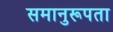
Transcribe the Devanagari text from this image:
समानुरूपता